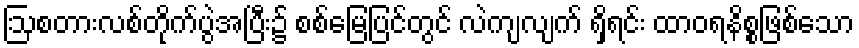
ဩစတားလစ်တိုက်ပွဲအပြီး၌ စစ်မြေပြင်တွင် လဲကျလျက် ရှိရင်း ထာဝရနိစ္စဖြစ်သော